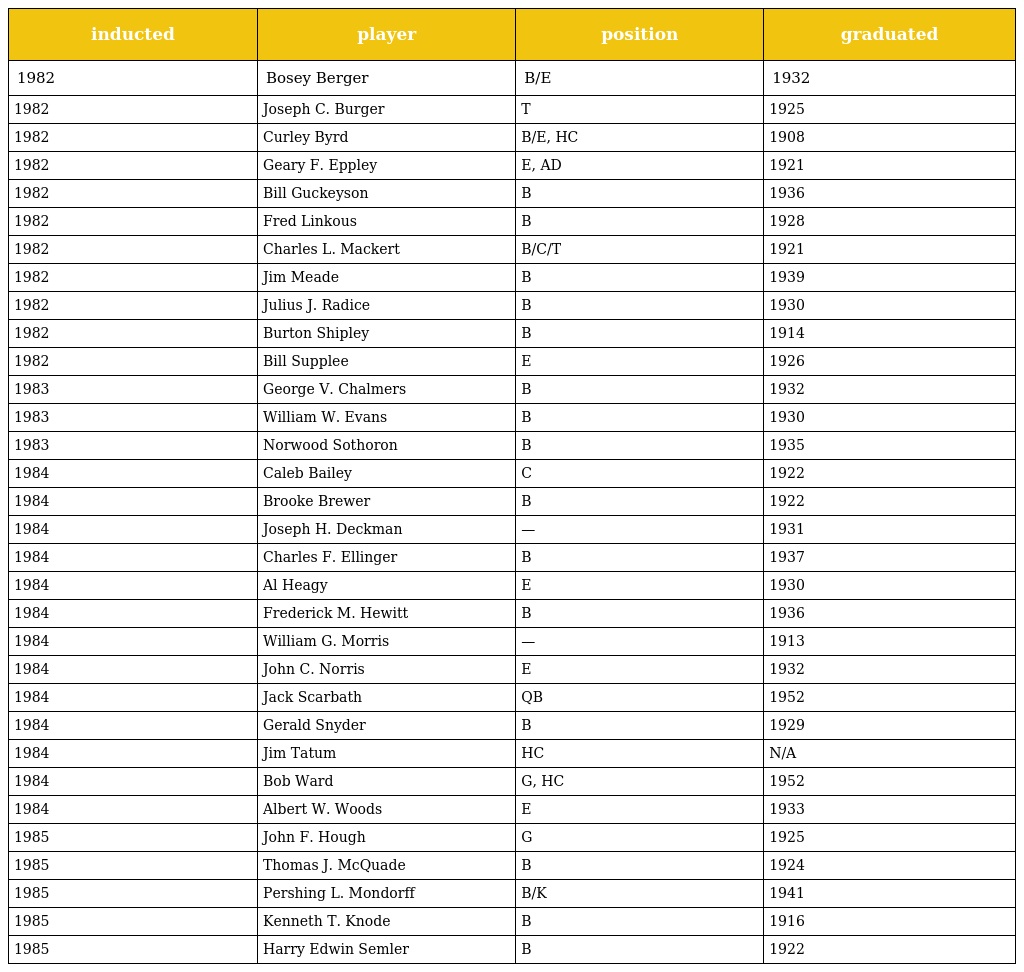
| inducted | player | position | graduated |
 | --- | --- | --- | --- |
 | 1982 | Bosey Berger | B/E | 1932 |
 | 1982 | Joseph C. Burger | T | 1925 |
 | 1982 | Curley Byrd | B/E, HC | 1908 |
 | 1982 | Geary F. Eppley | E, AD | 1921 |
 | 1982 | Bill Guckeyson | B | 1936 |
 | 1982 | Fred Linkous | B | 1928 |
 | 1982 | Charles L. Mackert | B/C/T | 1921 |
 | 1982 | Jim Meade | B | 1939 |
 | 1982 | Julius J. Radice | B | 1930 |
 | 1982 | Burton Shipley | B | 1914 |
 | 1982 | Bill Supplee | E | 1926 |
 | 1983 | George V. Chalmers | B | 1932 |
 | 1983 | William W. Evans | B | 1930 |
 | 1983 | Norwood Sothoron | B | 1935 |
 | 1984 | Caleb Bailey | C | 1922 |
 | 1984 | Brooke Brewer | B | 1922 |
 | 1984 | Joseph H. Deckman | — | 1931 |
 | 1984 | Charles F. Ellinger | B | 1937 |
 | 1984 | Al Heagy | E | 1930 |
 | 1984 | Frederick M. Hewitt | B | 1936 |
 | 1984 | William G. Morris | — | 1913 |
 | 1984 | John C. Norris | E | 1932 |
 | 1984 | Jack Scarbath | QB | 1952 |
 | 1984 | Gerald Snyder | B | 1929 |
 | 1984 | Jim Tatum | HC | N/A |
 | 1984 | Bob Ward | G, HC | 1952 |
 | 1984 | Albert W. Woods | E | 1933 |
 | 1985 | John F. Hough | G | 1925 |
 | 1985 | Thomas J. McQuade | B | 1924 |
 | 1985 | Pershing L. Mondorff | B/K | 1941 |
 | 1985 | Kenneth T. Knode | B | 1916 |
 | 1985 | Harry Edwin Semler | B | 1922 |